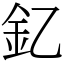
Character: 釔